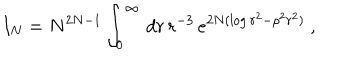
I _ { N } = N ^ { 2 N - 1 } \int _ { 0 } ^ { \infty } \, d r \, r ^ { - 3 } \, e ^ { 2 N ( \log r ^ { 2 } - \rho ^ { 2 } r ^ { 2 } ) } \ ,